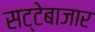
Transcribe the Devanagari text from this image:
सट्टेबाजार